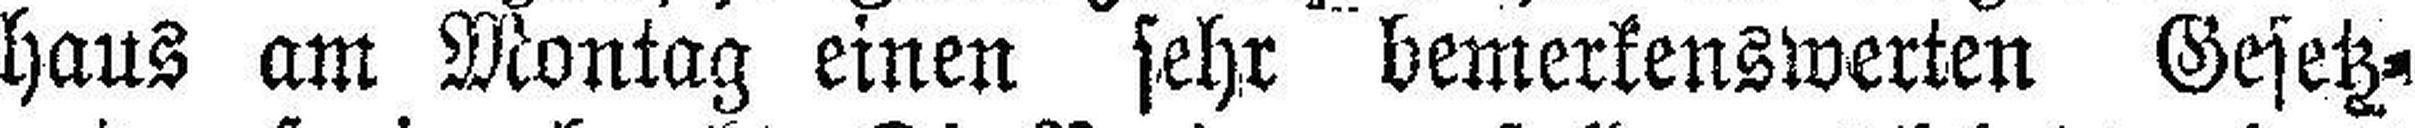
haus am Montag einen sehr bemerkenswerten Gesetz¬